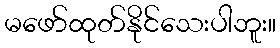
မဖော်ထုတ်နိုင်သေးပါဘူး။